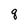
Character: q